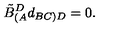
\tilde { B } _ { ( A } ^ { D } d _ { B C ) D } = 0 .